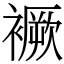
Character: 䙠